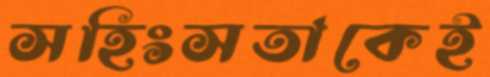
সহিংসতাকেই